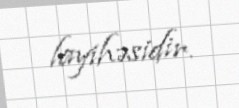
layihəsidir.